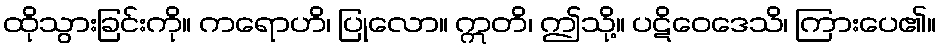
ထိုသွားခြင်းကို။ ကရောဟိ၊ ပြုလော။ ဣတိ၊ ဤသို့။ ပဋိဝေဒေသိ၊ ကြားပေ၏။